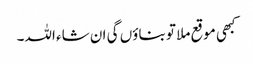
کبھی موقع ملا تو بناؤں گی ان شاء اللہ۔